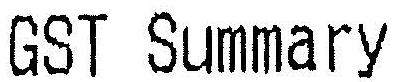
GST SUMMARY